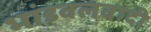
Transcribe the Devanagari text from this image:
भांडवलवादी